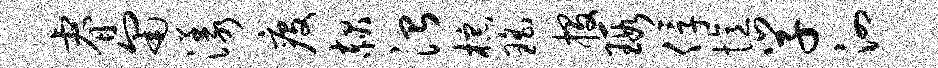
睿匍漾疫赧治棕瑶投瑕俘忆学泗